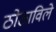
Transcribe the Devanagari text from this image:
ठोठाविले